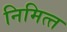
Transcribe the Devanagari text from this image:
निमित्‍त